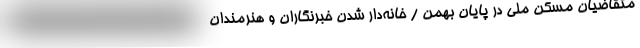
متقاضیان مسکن ملی در پایان بهمن / خانه‌دار شدن خبرنگاران و هنرمندان